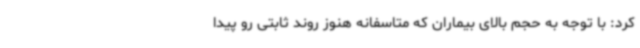
کرد: با توجه به حجم بالای بیماران که متاسفانه هنوز روند ثابتی رو پیدا